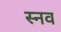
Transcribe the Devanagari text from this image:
स्नव